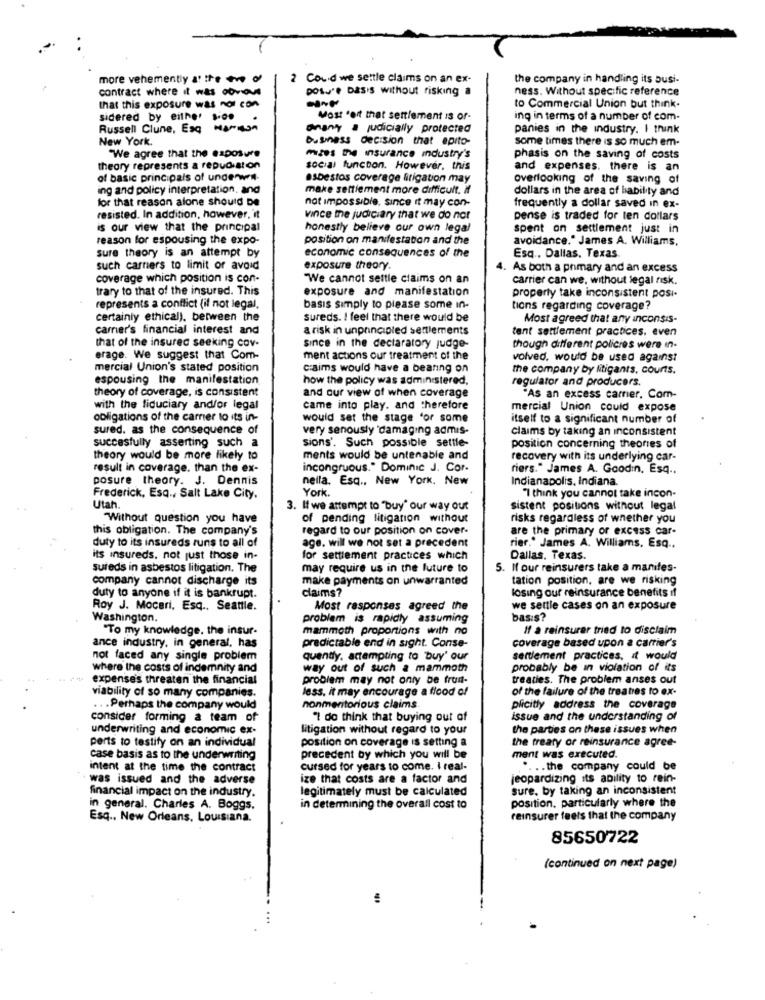
more vehemently a: the - o
2 Could we settle claims on an ex-
the company in handling its busi-
contract where it was obvious
posu'e basis without risking a
ness. Without specific reference
that this exposure was not con
to Commercial Union but think-
sidered by either s.o.
Most .oft that settlement is of-
ing in terms of a number of com-
Russell Clune, Esq Marion
anan'y a judicially protected
panies in the industry. I think
New York.
business decision that epito-
some times there is so much em-
"We agree that the exposure
mizes the insurance industry's
phasis on the saving of costs
theory represents a repudiation
social function. However, this
and expenses. there is an
of basic principals of underwent-
asbestos coverage litigation may
overlooking of the saving of
ing and policy interpretation, and
make settlement more difficult. H
dollars in the area of liability and
for that reason alone should De
frequently a dollar saved in ex-
not impossible, since it may con-
resisted. In addition, however, it
vince the judiciary that we do not
pense is traded for ten dollars
is our view that the principal
honestly believe our own legal
spent on settlement just in
reason for espousing the expo-
position on manifestation and the
avoidance." James A. Williams,
economic consequences of the
sure theory is an attempt by
Esq ., Dallas, Texas.
such carriers to limit or avoid
exposure theory.
As both a primary and an excess
coverage which position is con-
"We cannot settle claims on an
carrier can we, without legal risk.
trary to that of the insured. This
exposure and manifestation
properly take inconsistent posi-
represents a conflict (if not legal,
basis simply to please some in-
tions regarding coverage?
certainly ethical), between the
sureds. I feel that there would be
Most agreed that any inconsis-
carrier's financial interest and
a risk in unprincipled settlements
tent settlement practices. even
that of the insured seeking cov-
since in the dectaratory judge-
though different policies were in.
erage. We suggest that Com-
ment actions our treatment of the
volved. would be used against
mercial Union's stated position
c:aims would have a bearing on
the company by fitigants, courts.
espousing the manifestation
how the policy was administered.
regulator and producers.
theory of coverage, is consistent
and our view of when coverage
"As an excess carrier. Com-
with the fiduciary and/or legal
came into play. and therefore
mercial Union could expose
obligations of the carrier to its in-
would set the stage for some
itself to a significant number of
sured. as the consequence of
very senously 'damaging admis-
claims by taking an inconsistent
succesfully asserting such a
sions'. Such possible settle-
position concerning theories of
theory would be more likely to
ments would be untenable and
recovery with its underlying car-
result in coverage. than the ex-
incongruous." Dominic J. Cor.
riers." James A. Goodin, Esq ..
posure theory. J. Dennis
nella. Esq ., New York. New
Indianapolis, Indiana.
York.
Frederick, Esq ., Salt Lake City.
"I think you cannot take incon-
Utah
3. If we attempt to "buy" our way out
sistent positions without legal
Without question you have
of pending litigation without
risks regardless of whether you
this obligation. The company's
regard to our position on cover-
are the primary or excess car-
duty to its insureds runs to all of
age. will we not set a precedent
rier." James A. Williams, Esq ..
its insureds. not just those in-
for settlement practices which
Dallas, Texas.
sureds in asbestos litigation. The
may require us in the future to
5. If our reinsurers take a manifes-
company cannot discharge its
make payments on unwarranted
tation position, are we risking
claims?
losing our reinsurance benefits if
duty to anyone if it is bankrupt.
Roy J. Moceri, Esq .. Seattle.
Most responses agreed the
we settle cases on an exposure
Washington.
problem is rapidly assuming
bas:$?
"To my knowledge, the insur-
mammoth proportions with no
If a reinsurer tried to disclaim
coverage based upon a carrier's
ance industry, in general, has
predictable end in sight. Conse-
not faced any single problem
quently. attempting to buy' our
settlement practices, it would
where the costs of indemnity and
way out of such a mammoth
probably be in violation of its
." expense's threaten the financial
problem may not only be frud-
treaties. The problem anses out
less. it may encourage a flood of
of the failure of the treaties to ex-
viability of so many companies.
.. . Perhaps the company would
nonmeritorious claims.
plicitly address the coverage
consider forming a team of
"" do think that buying out of
issue and the understanding of
underwriting and economic ex-
litigation without regard to your
the parties on these issues when
the treaty or reinsurance agree-
perts to testify on an individual
position on coverage is setting a
case basis as to the underwriting
precedent by which you will be
ment was executed.
intent at the time the contract
cursed for years to come. I real-
.... the company could be
was issued and the adverse
ize that costs are a factor and
jeopardizing its ability to rein-
financial impact on the industry.
legitimately must be calculated
sure. by taking an inconsistent
position, particularly where the
in general. Charles A. Boggs.
in determining the overall cost to
Esq .. New Orleans, Louisiana.
reinsurer feels that the company
85650722
(continued on next page)